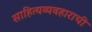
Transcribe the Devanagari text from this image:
साहित्यव्यवहाराची